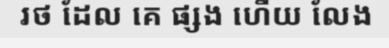
រថ ដែល គេ ផ្សង ហើយ លែង